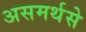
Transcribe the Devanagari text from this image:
असमर्थसे